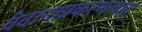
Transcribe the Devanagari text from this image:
वेदान्तप्रकरणत्वात्